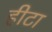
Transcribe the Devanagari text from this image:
हीटा